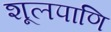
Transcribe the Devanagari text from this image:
शूलपाणि